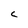
Character: c